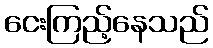
ငေးကြည့်နေသည်